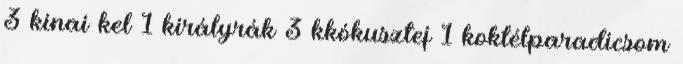
3 kínai kel 1 királyrák 3 kkókusztej 1 koktélparadicsom